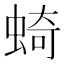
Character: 䗁